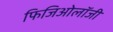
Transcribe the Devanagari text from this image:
फिजिओलॉजी